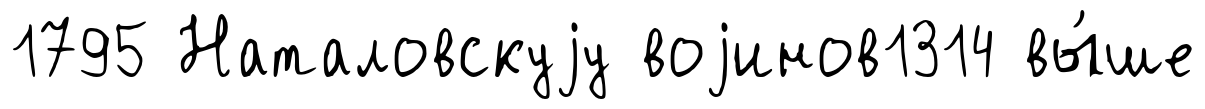
1795 Наталовскуjу воjинов1314 вы́ше